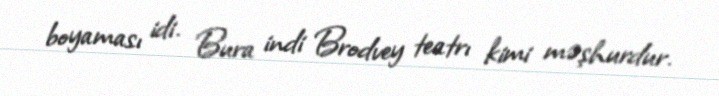
boyaması idi. Bura indi Brodvey teatrı kimi məşhurdur.